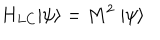
H _ { L C } | \psi \rangle = M ^ { 2 } \; | \psi \rangle